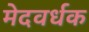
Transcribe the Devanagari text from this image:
मेदवर्धक